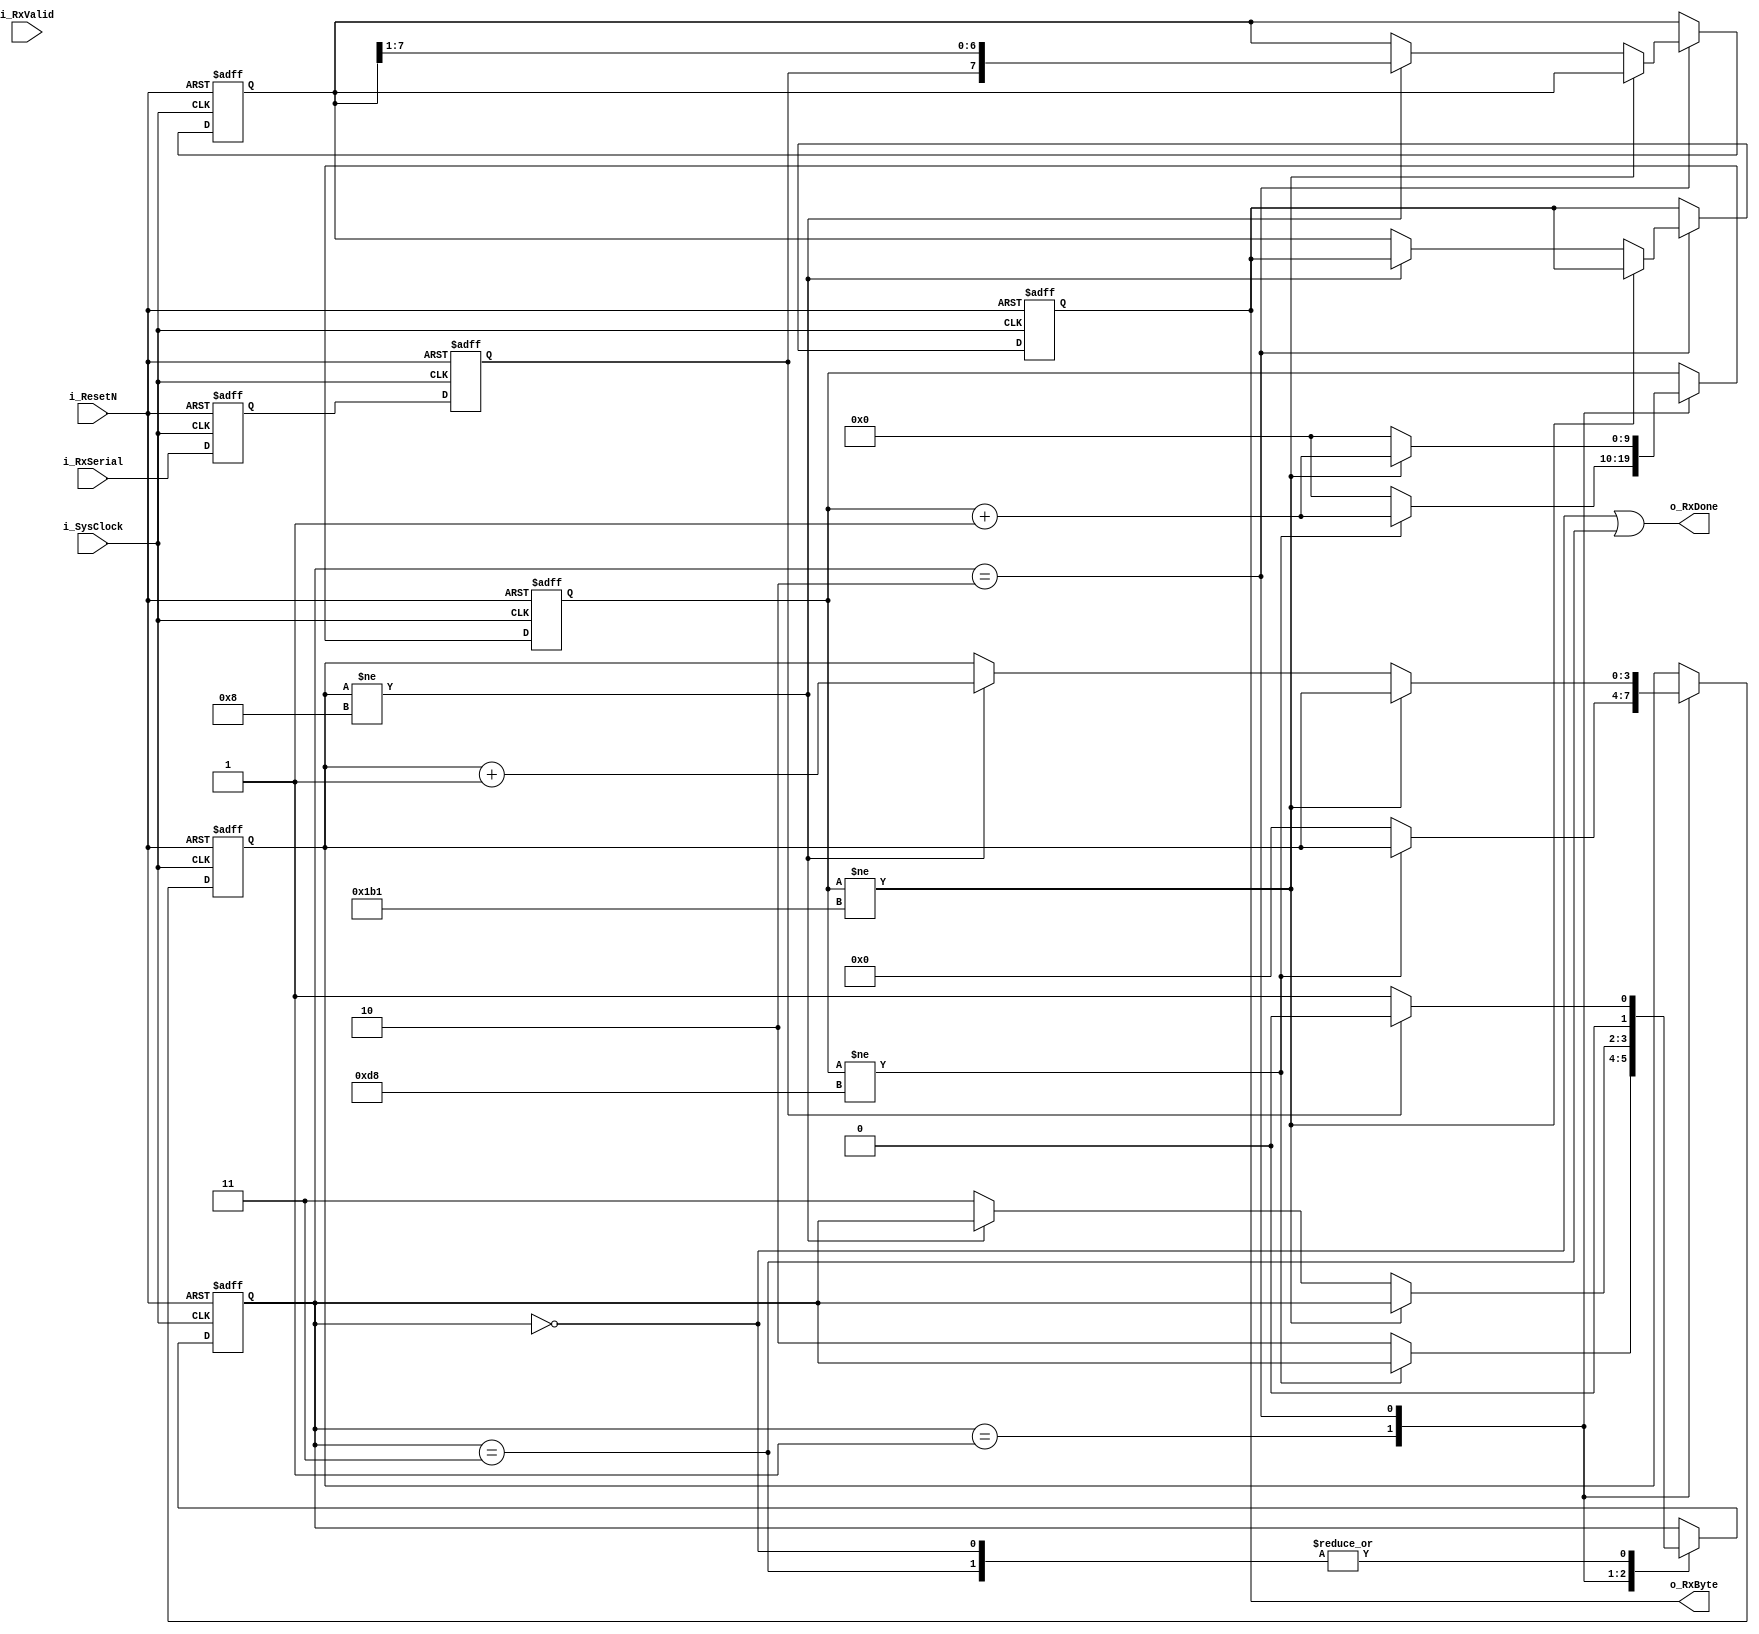
//20210120 UART RX

`timescale 1 ns / 1 ps
`default_nettype none
`define DBG

module uart_rx
    #(
    parameter SYS_CLOCK = 50000000,
    parameter UART_BAUDRATE = 115200
    )(
    input wire i_ResetN,
    input wire i_SysClock,
    input wire i_RxValid,
    output reg [7:0] o_RxByte,
    input wire i_RxSerial,
    output wire o_RxDone
    );

    localparam MAX_CYCLE_CNT_HALF = ((SYS_CLOCK * 10 / UART_BAUDRATE / 2 + 5)) / 10 - 1;
    localparam MAX_CYCLE_CNT = ((SYS_CLOCK * 10 / UART_BAUDRATE + 5)) / 10  - 1;

    parameter IDLE      = 2'd0;
    parameter START_BIT = 2'd1;
    parameter DATA_BITS = 2'd2;
    parameter STOP_BIT  = 2'd3;

    reg [1:0] state;
    reg q1_RxSerial, q2_RxSerial;
    reg [7:0] RxByte; //LSB First
    reg [7:0] shift_reg;
    reg StopBit;

    reg [3:0] bit_count;
    reg [$clog2(MAX_CYCLE_CNT):0] cycle_count;
`ifdef DBG
    reg [7:0] dbg;
`endif

    assign o_RxDone = (state == IDLE) || (state == STOP_BIT);

    always @(posedge i_SysClock, negedge i_ResetN) begin
        if (!i_ResetN) begin
            q1_RxSerial <= 1;
            q2_RxSerial <= 1;
        end else begin
            q1_RxSerial <= i_RxSerial; //Meta Stable
            q2_RxSerial <= q1_RxSerial;
        end
    end
    
    always @(posedge i_SysClock, negedge i_ResetN) begin
        if (!i_ResetN) begin
            state <= IDLE;
            bit_count <= 0;
            cycle_count <= 0;
            o_RxByte <= 0;
            StopBit <= 0;
            shift_reg <= 0;
`ifdef DBG
            dbg <= 0;
`endif
        end else begin
            case (state)
                IDLE: begin
                    state <= (q2_RxSerial == 0) ? START_BIT : IDLE;
`ifdef DBG
                    dbg[0] <= ~dbg[0];
`endif
                end
                START_BIT: begin
                    if (cycle_count != MAX_CYCLE_CNT_HALF) begin
                        cycle_count <= cycle_count + 1;
`ifdef DBG
                        dbg[1] <= ~dbg[1];
`endif
                    end else begin
                        state <= DATA_BITS;
                        cycle_count <= 0;
                        bit_count <= 0;
                        StopBit <= 0;
`ifdef DBG
                        dbg[2] <= ~dbg[2];
`endif
                    end
                end
                DATA_BITS: begin
                    if (cycle_count != MAX_CYCLE_CNT) begin
                        cycle_count <= cycle_count + 1;
`ifdef DBG
                        dbg[3] <= ~dbg[3];
`endif
                    end else begin
                        if (bit_count != 8) begin
                            bit_count <= bit_count + 1;
                            shift_reg <= {q2_RxSerial,shift_reg[7:1]};
`ifdef DBG
                            dbg[4] <= ~dbg[4];
`endif
                        end else begin
                            state <= STOP_BIT;
                            o_RxByte <= shift_reg;
`ifdef DBG
                            dbg[5] <= ~dbg[5];
`endif
                        end

                        cycle_count <= 0;
                    end
                end
                STOP_BIT: begin
                    state <= (q2_RxSerial == 0) ? START_BIT : IDLE;
                    StopBit <= q2_RxSerial;
`ifdef DBG
                    dbg[7] <= ~dbg[7];
`endif
                end
                default: begin
                    state <= IDLE;
                    cycle_count <= 0;
                    bit_count <= 0;
                end
            endcase
        end
    end

endmodule
`resetall